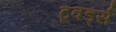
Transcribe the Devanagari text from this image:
टूवर्ड्स